画像に写った文字を読んでください
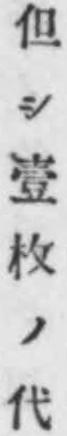
「但シ壹枚ノ代」と書いてあります